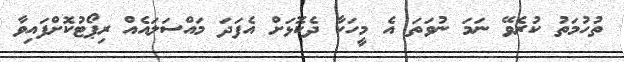
ތުހުމަތު ކުރެވޭ ނަމަ ނުވަތަ އެ މީހަކާ ދެކޮޅަށް އެފަދަ މައްސަލައެއް ރިޕޯޓުކޮށްފައިވާ